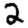
Digit: 2